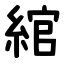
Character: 綰